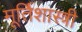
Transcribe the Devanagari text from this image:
मूर्तिशास्त्री